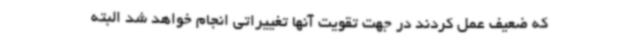
که ضعیف عمل کردند در جهت تقویت آنها تغییراتی انجام خواهد شد البته